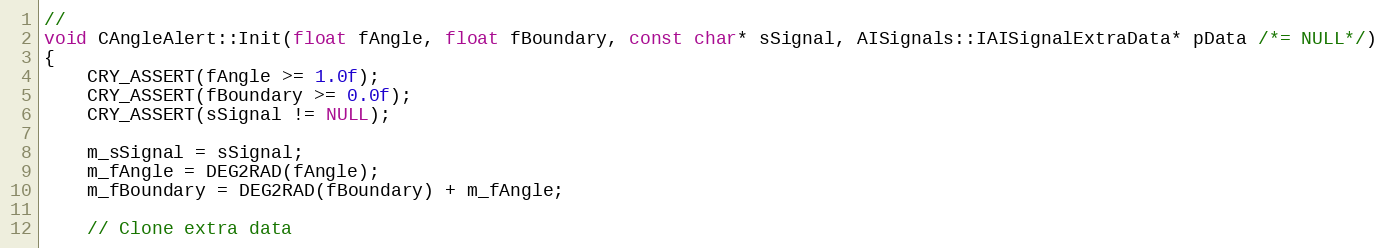
Language: C++
//
void CAngleAlert::Init(float fAngle, float fBoundary, const char* sSignal, AISignals::IAISignalExtraData* pData /*= NULL*/)
{
	CRY_ASSERT(fAngle >= 1.0f);
	CRY_ASSERT(fBoundary >= 0.0f);
	CRY_ASSERT(sSignal != NULL);

	m_sSignal = sSignal;
	m_fAngle = DEG2RAD(fAngle);
	m_fBoundary = DEG2RAD(fBoundary) + m_fAngle;

	// Clone extra data